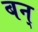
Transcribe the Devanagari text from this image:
बन्